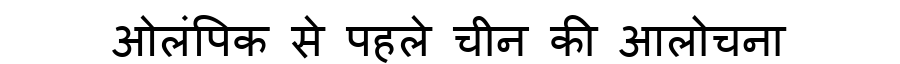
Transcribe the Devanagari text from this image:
ओलंपिक से पहले चीन की आलोचना